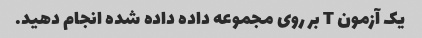
یک آزمون T بر روی مجموعه داده داده شده انجام دهید.